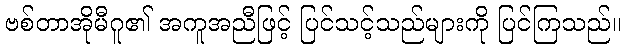
ဗစ်တာအိုမီဂူ၏ အကူအညီဖြင့် ပြင်သင့်သည်များကို ပြင်ကြသည်။